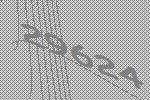
29624